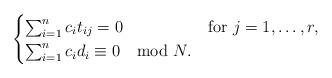
\begin{align*} \begin{cases} \sum_{i=1}^n c_i t_{ij}=0 & \mbox {for } j=1, \ldots, r,\\ \sum_{i=1}^n c_i d_i\equiv 0 \mod N. \end{cases} \end{align*}